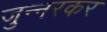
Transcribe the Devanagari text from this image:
जुन्नरकर